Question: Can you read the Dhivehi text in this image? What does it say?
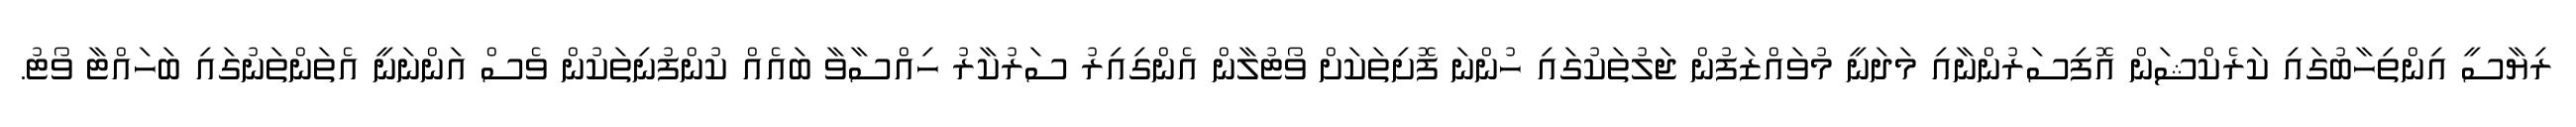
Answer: ރިޔާސީ އިންތިހާބުގައި ކަރެކްޝަން އޮފިސަރުންނާއި މަދަނީ މުވައްޒަފުން ޖަލުތަކުގައި ހުންނަ ފޮށިތަކަށް ވޯޓުލާން އެންގިއިރު ސަރުކާރު ހިއްސާވާ ބައެއް ކުންފުނިތަކުން ވެސް އަންނަނީ އެތަންތަނުގައި ބަހައްޓާ ވޯޓު.